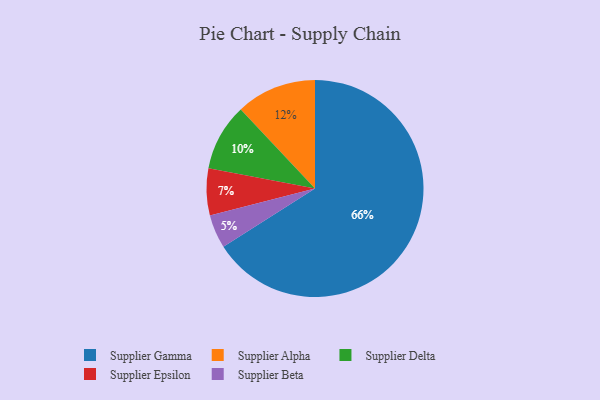
{"axis": {"x": "Category", "y": "Percentage"}, "legend": ["Supplier Alpha", "Supplier Beta", "Supplier Delta", "Supplier Epsilon", "Supplier Gamma"], "data": [{"x": "Supplier Gamma", "y": 66, "type": "Supplier Gamma"}, {"x": "Supplier Epsilon", "y": 7, "type": "Supplier Epsilon"}, {"x": "Supplier Alpha", "y": 12, "type": "Supplier Alpha"}, {"x": "Supplier Delta", "y": 10, "type": "Supplier Delta"}, {"x": "Supplier Beta", "y": 5, "type": "Supplier Beta"}]}